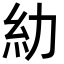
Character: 糼